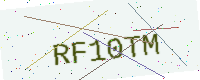
Text: RF10TM